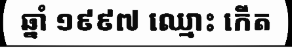
ឆ្នាំ ១៩៩៧ ឈ្មោះ កើត